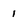
Character: 1